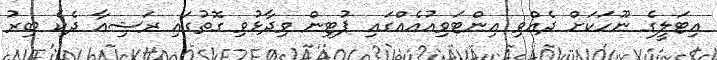
އިޓަލީގެ ނޫހަކަށް ދެއްވި އިންޓަވިއުއެއްގައި ޕުޓިން ވިދާޅުވި ގޮތުގައި ރަޝިއާ ދެކެ ބިރު